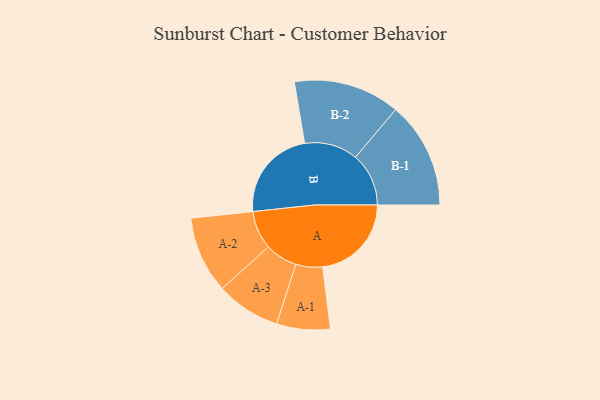
{"axis": {"x": "Segment", "y": "Value"}, "legend": ["", "A", "B"], "data": [{"x": "A", "y": 388, "type": ""}, {"x": "B", "y": 405, "type": ""}, {"x": "A-1", "y": 117, "type": "A"}, {"x": "A-2", "y": 168, "type": "A"}, {"x": "A-3", "y": 141, "type": "A"}, {"x": "B-1", "y": 233, "type": "B"}, {"x": "B-2", "y": 233, "type": "B"}]}